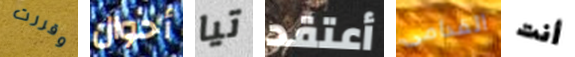
وقررت أحوال تيا أعتقد القدامى أنت